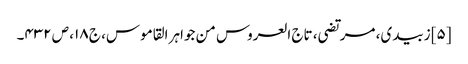
[۵] زبیدی، مرتضی، تاج العروس من جواہر القاموس، ج ۱۸، ص ۴۳۲۔